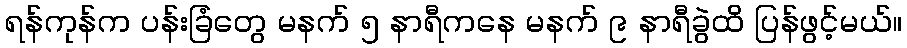
ရန်ကုန်က ပန်းခြံတွေ မနက် ၅ နာရီကနေ မနက် ၉ နာရီခွဲထိ ပြန်ဖွင့်မယ်။